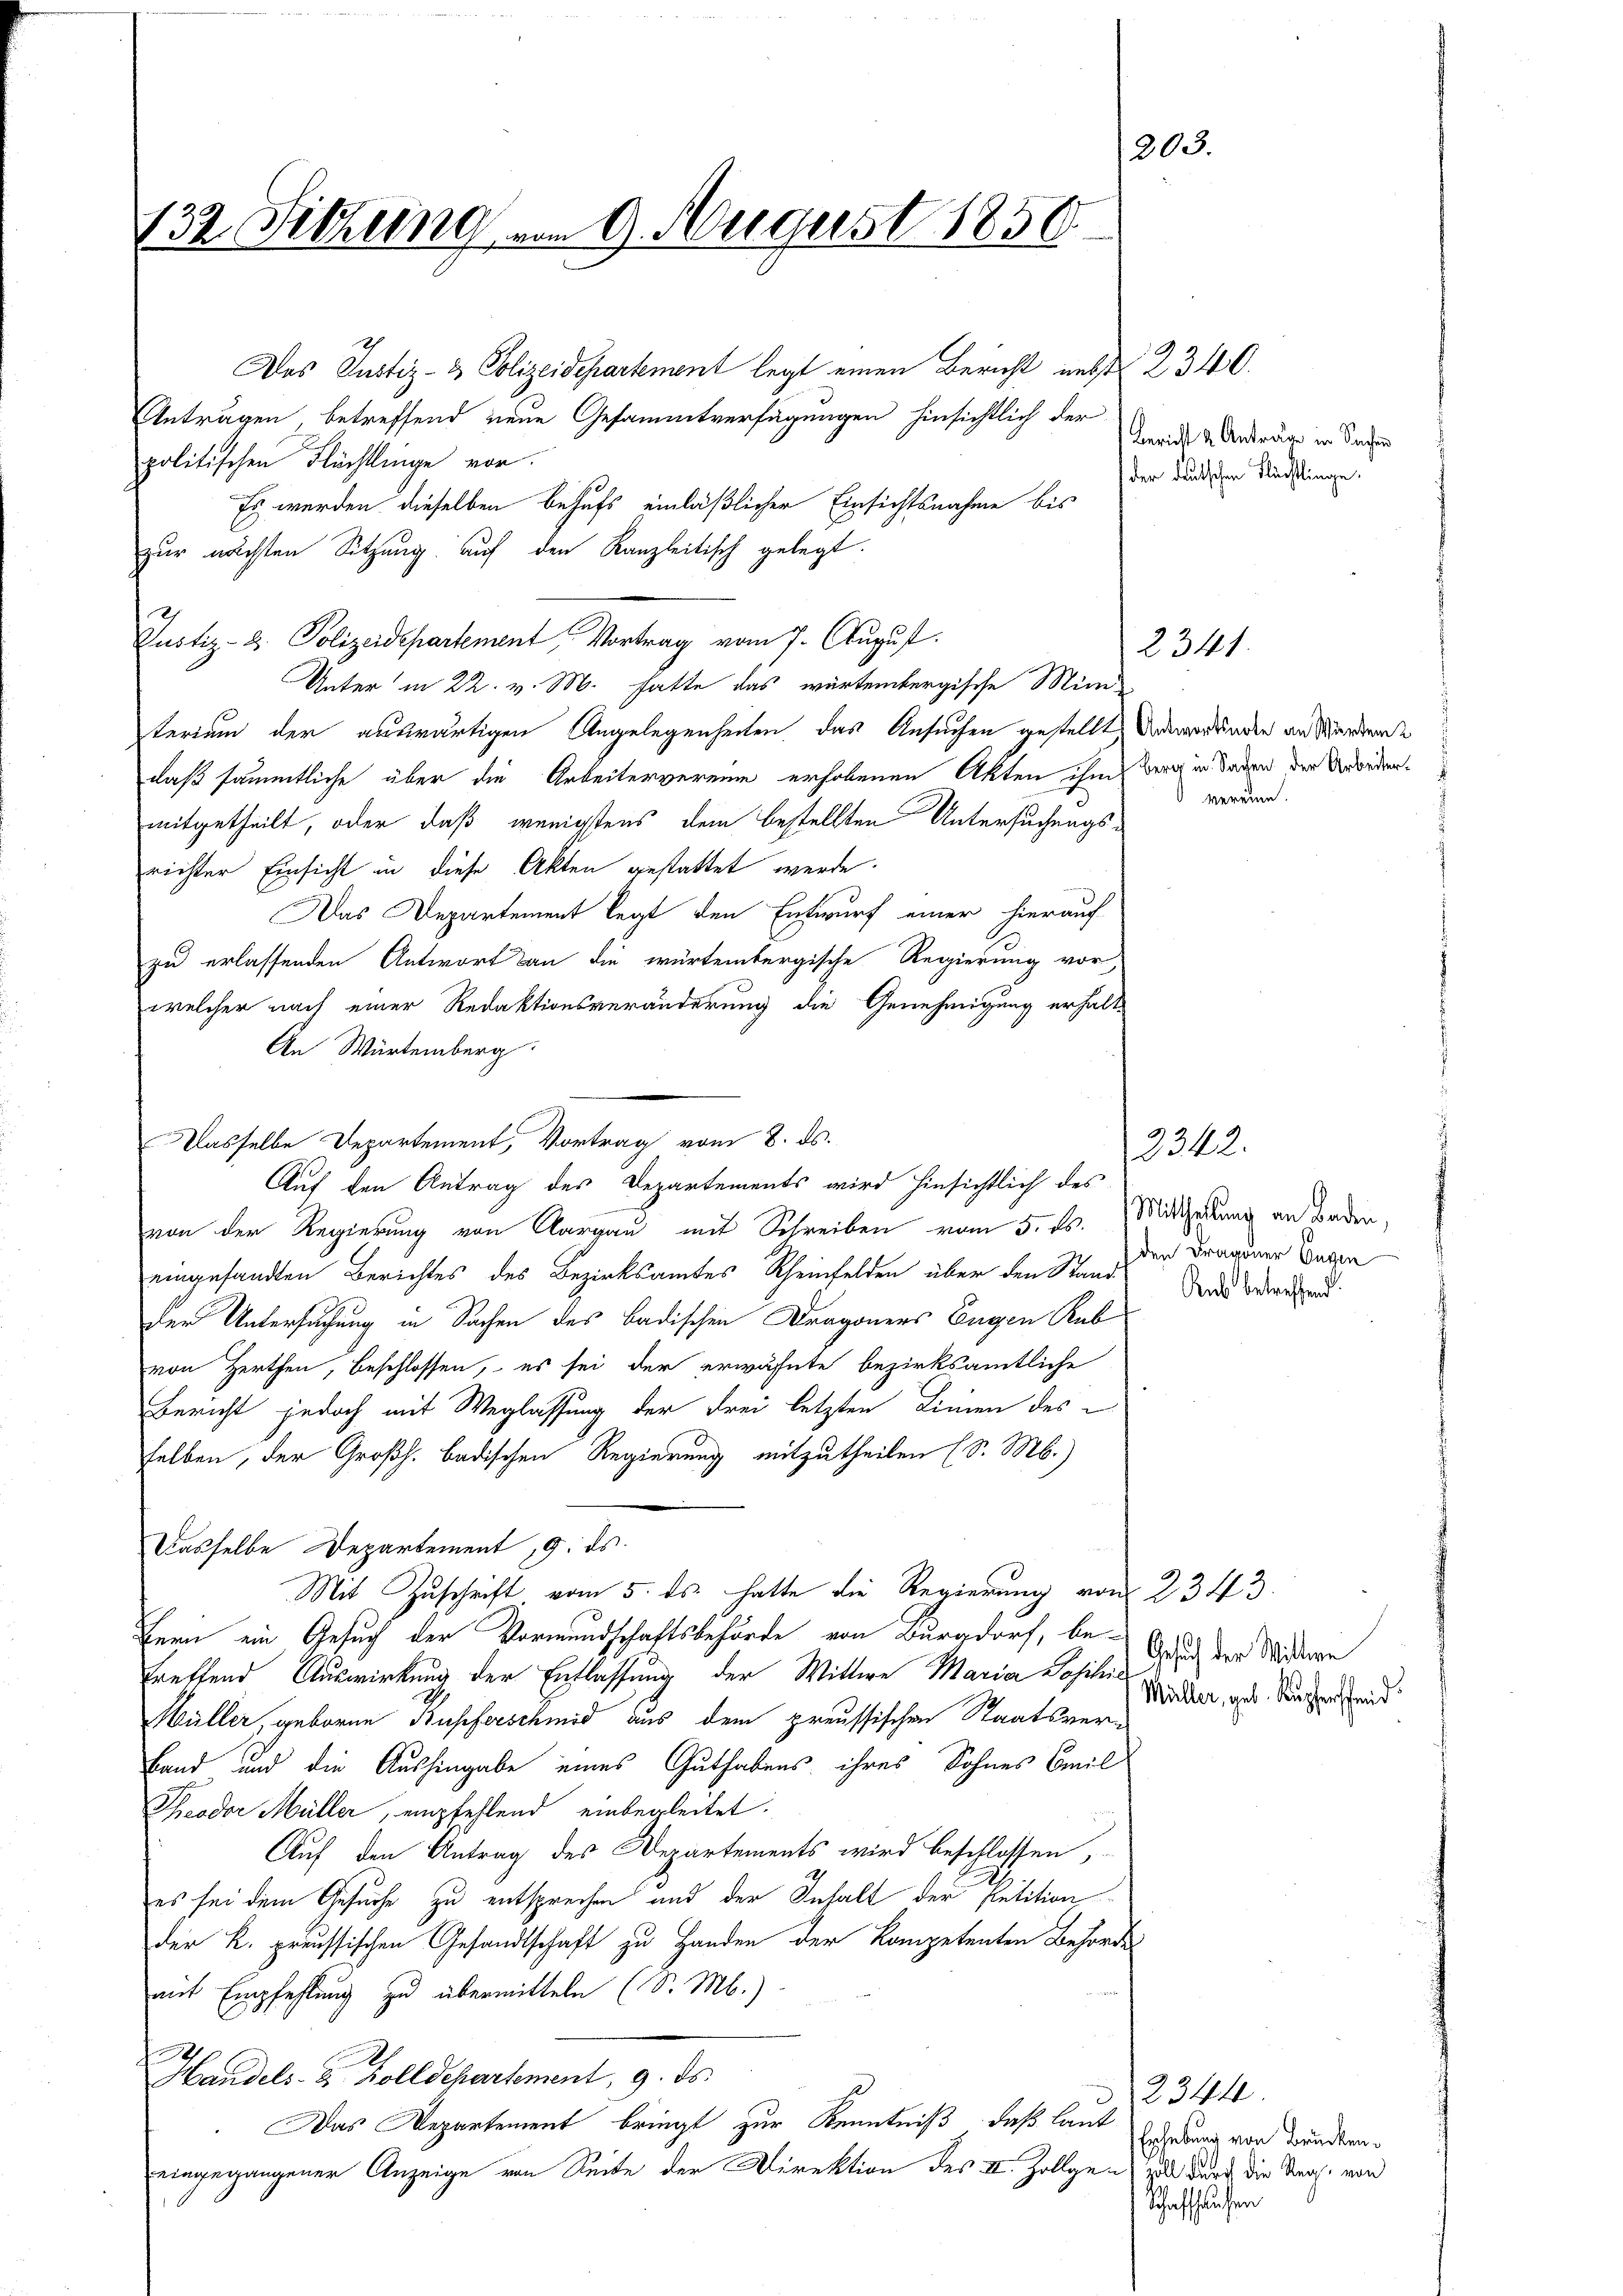
132. Setzung vom 9. August 1850.

Das Justiz- & Polizeidepartement legt einen Bericht und 2340.
Anträgen, betreffend neue Gesammtverfügungen hinsichtlich der
politischen Flächtlinge vor.
Es werden dieselben behufs einläßlicher Einsichtsnahme bis
zur nächsten Sitzung auf den Kanzleitisch gelegt.
Justiz- & Polizeidepartement, Vortrag vom 7. August.
Unter in 22. v. M. hatte das wartembergische Mini-
terium der auswärtigen Angelegenheiten das Ansuchen gestellt. Und wordenden an Werdende
daß sämmtliche über die Arbeitervereine erhobenen Akten ihm Bern in Baden der Unbedenmitgetheilt, oder daß wenigstens dem bestellten Untersuchungsrichter Einsicht in diese Akten gestattet werde.
Das Departement legt den Entwurf einer hierauf
zu erlassenden Antwort an die würtembergische Regierung vor
welcher nach einer Redaktionsveränderung die Genehmigung erhalte
An Würtemberg
Dasselbe Departement, Vortrag vom 8. ds.
Auf den Antrag des Departements wird hinsichtlich des
von der Regierung von Aargau mit Schreiben vom 5. ds. Mittheidung an Baden,
eingesandten Berichtes des Bezirksamtes Rheinfelden über den Stand
der Untersuchung in Sachen des Badischen Dragoners Eugen Rub
von Herthen, beschlossen, es sei der erwähnte bezirksamtliche
Bericht jedoch mit Weglassung der Frei letzten Linien des
selben, der Großh. badischen Regierung mitzutheilen (S. M.)
Dasselbe Departement 9. ds.
Mit Zuschrift vom 5. ds. hatte die Regierung von 2343.
Hern ein Gesuch der Vormundschaftsbehörde von Burgdorf, betreffend Auswirkung der Entlassung der Wittwe Maria Josihie
Müller, geboren Bupferschmid aus dem preussischen Staatsver¬
Band und die Aushingabe eines Guthabens ihres Sohnes Emil
Theodor Müller, empfehlend einbegleitet.
Auf den Antrag des Departements wird beschlossen,
es sei dem Gesuche zu entsprechen und der Inhalt der Petition
der K. preussischen Gesandtschaft zu Handen der Kompetenten Behördes
mit Empfehlung zu übermitteln (S. M.)
.
Handels- & Zolldepartement, 9. ds.
Das Departement bringt zur Kenntniß, daß laut
eingegangener Anzeige von Seite der Direktion des II. Zollgen und durch die Aug. von

203.

Bericht 2. Anträge in Sachen
der deutschen Flächtlinge.

vereine.

2341.

2342.
 den Dragoner Eugen
Rub betreffend:

Gesuch der Wittwe
Müller, geb. Kupferffend

2344.
Erhebung von Brücken¬
Schaffhausen